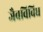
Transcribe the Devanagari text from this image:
जैवविविध